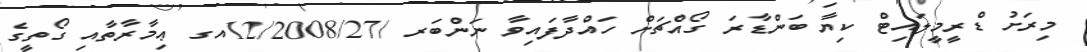
މިރަށު ޑްރީމީލައިޓް ކިޔާ ބަންޑާރަ ގޯއްޗަށް ހައްދާފައިވާ ނަންބަރ /12/2008/27އގ ޢިމާރާތާއި ގޯތީގެ